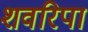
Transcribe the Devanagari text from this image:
शवरिपा